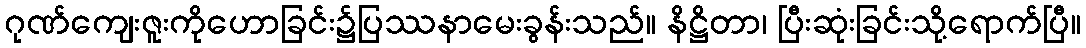
ဂုဏ်ကျေးဇူးကိုဟောခြင်း၌ပြဿနာမေးခွန်းသည်။ နိဋ္ဌိတာ၊ ပြီးဆုံးခြင်းသို့ရောက်ပြီ။